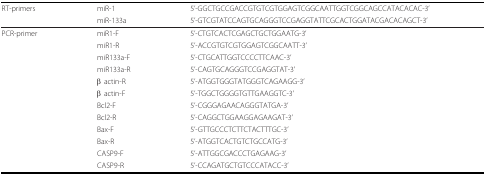
| RT-primers | miR-1 | 5'-GGCTGCCGACCGTGTCGTGGAGTCGGCAATTGGTCGGCAGCCATACACAC-3' |
 |  | miR-133a | 5'-GTCGTATCCAGTGCAGGGTCCGAGGTATTCGCACTGGATACGACACAGCT-3' |
 | --- | --- | --- |
 | PCR-primer | miR1-F | 5'-CTGTCACTCGAGCTGCTGGAATG-3' |
 |  | miR1-R | 5'-ACCGTGTCGTGGAGTCGGCAATT-3' |
 |  | miR133a-F | 5'-CTGCATTGGTCCCCTTCAAC-3' |
 |  | miR133a-R | 5'-CAGTGCAGGGTCCGAGGTAT-3' |
 |  | β actin-R | 5'-ATGGTGGGTATGGGTCAGAAGG-3' |
 |  | β actin-F | 5'-TGGCTGGGGTGTTGAAGGTC-3' |
 |  | Bcl2-F | 5'-CGGGAGAACAGGGTATGA-3' |
 |  | Bcl2-R | 5'-CAGGCTGGAAGGAGAAGAT-3' |
 |  | Bax-F | 5'-GTTGCCCTCTTCTACTTTGC-3' |
 |  | Bax-R | 5'-ATGGTCACTGTCTGCCATG-3' |
 |  | CASP9-F | 5'-ATTGGCGACCCTGAGAAG-3' |
 |  | CASP9-R | 5'-CCAGATGCTGTCCCATACC-3' |